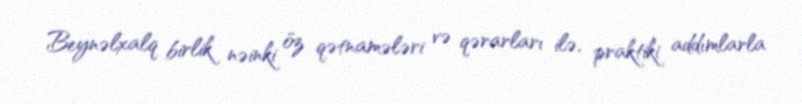
Beynəlxalq birlik nəinki öz qətnamələri və qərarları ilə, praktiki addımlarla